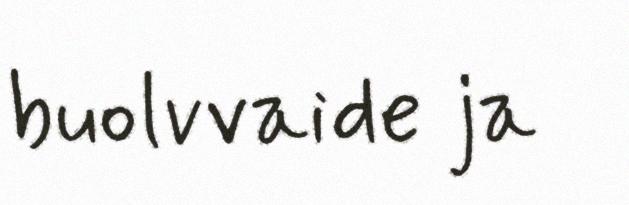
buolvvaide ja